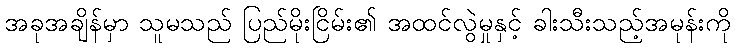
အခုအချိန်မှာ သူမသည် ပြည်မိုးငြိမ်း၏ အထင်လွဲမှုနှင့် ခါးသီးသည့်အမုန်းကို